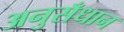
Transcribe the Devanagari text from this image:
अनुसँधान